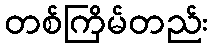
တစ်ကြိမ်တည်း